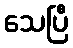
သေပြီ